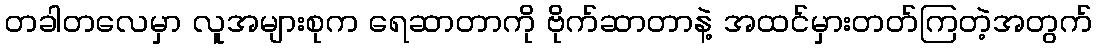
တခါတလေမှာ လူအများစုက ရေဆာတာကို ဗိုက်ဆာတာနဲ့ အထင်မှားတတ်ကြတဲ့အတွက်